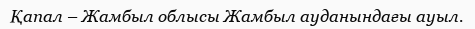
Қапал – Жамбыл облысы Жамбыл ауданындағы ауыл.